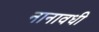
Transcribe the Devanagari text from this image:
नानावधी